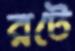
রটে